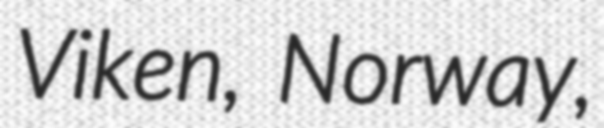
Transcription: Viken, Norway,